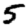
Digit: 5